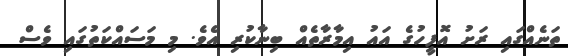
ތަނެއްގައި ރަށު އޮފީހުގެ އައު އިމާރާތެއް ބިނާކުރި އެވެ. މި މަސައްކަތުގައި ވެސް